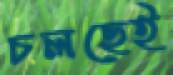
চলছেই